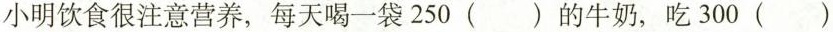
小明饮食很注意营养，每天喝一袋250()的牛奶，吃300()